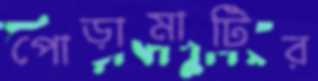
পোড়ামাটির